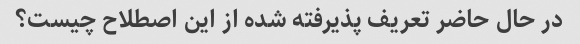
در حال حاضر تعریف پذیرفته شده از این اصطلاح چیست؟